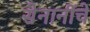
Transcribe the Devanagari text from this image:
सेनानींचे